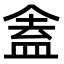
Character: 𬾾